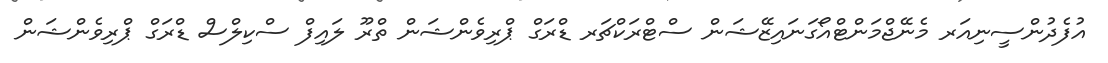
އުފެދުންސީނިއަރ މެނޭޖްމަންޓްއޯގަނައިޒޭޝަން ސްޓްރަކްޗަރ ޑްރަގް ޕްރިވެންޝަން ތްރޫ ލައިފް ސްކިލްސް ޑްރަގް ޕްރިވެންޝަން